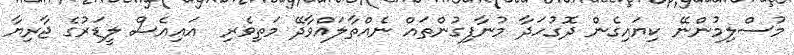
މުސްލިމުންނޭ ކިޔައިގެން ދޮގުހަދާ މުނާފިގުންތައް ނެއްތާލައްވާދޭ މަތިވެރި  އައިއެސް ލީޑަރުގެ ޖާރިޔާ